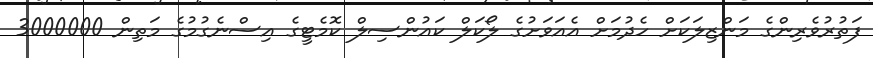
ފަތުރުވެރިންގެ މަންޒިލަކަށް ހެދުމަށް އެއަވަށުގެ ލޯކަލް ކައުންސިލް ކޮމެޓީގެ އިސްނެގުމުގެ މަތިން 3000000